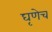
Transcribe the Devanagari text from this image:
घृणेच